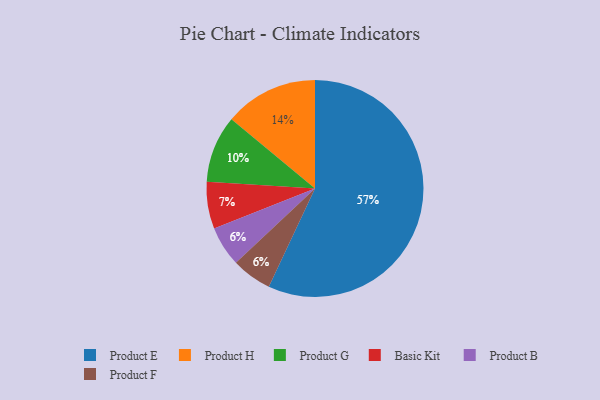
{"axis": {"x": "Category", "y": "Percentage"}, "legend": ["Basic Kit", "Product B", "Product E", "Product F", "Product G", "Product H"], "data": [{"x": "Product G", "y": 10, "type": "Product G"}, {"x": "Product H", "y": 14, "type": "Product H"}, {"x": "Product E", "y": 57, "type": "Product E"}, {"x": "Product B", "y": 6, "type": "Product B"}, {"x": "Product F", "y": 6, "type": "Product F"}, {"x": "Basic Kit", "y": 7, "type": "Basic Kit"}]}